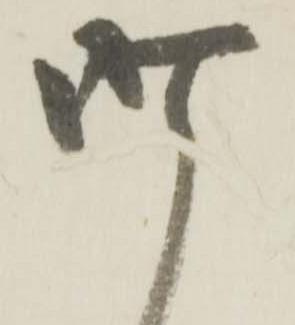
昨